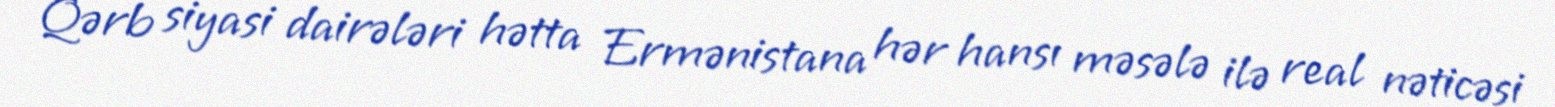
Qərb siyasi dairələri hətta Ermənistana hər hansı məsələ ilə real nəticəsi